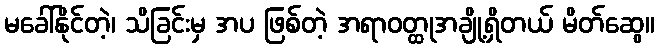
မခေါ်နိုင်တဲ့၊ သိခြင်းမှ အပ ဖြစ်တဲ့ အရာဝတ္ထုအချို့ရှိတယ် မိတ်ဆွေ။